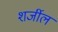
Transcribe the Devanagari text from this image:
शर्जील